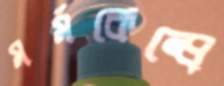
মর্মকেন্দ্রে